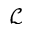
\mathcal { L }